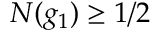
N ( g _ { 1 } ) \geq 1 / 2